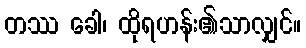
တဿ ခေါ၊ ထိုရဟန်း၏သာလျှင်။